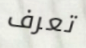
تعرف